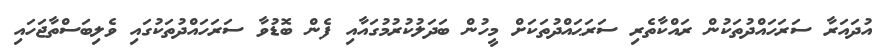
އުދައަރާ ސަރަހައްދުތަކުން ރައްކާތެރި ސަރަޙައްދުތަކަށް މީހުން ބަދަލުކުރުމުގައާއި ފެން ބޮޑުވާ ސަރަހައްދުތަކުގައި ވެލިބަސްތާޖަހައި